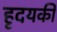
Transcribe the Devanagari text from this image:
हृदयकी